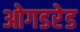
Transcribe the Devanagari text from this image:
ओगडरेड